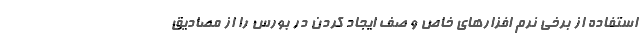
استفاده از برخی نرم افزارهای خاص و صف ایجاد کردن در بورس را از مصادیق